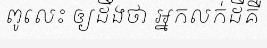
ពូលេះ ឲ្យដឹងថា អ្នកលក់ដីគឺ